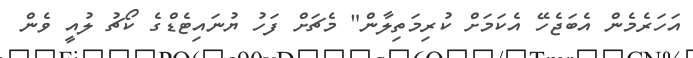
އަހަރެމެން އެބަޖެހޭ އެކަމަށް ކުރިމަތިލާން" މެޗަށް ފަހު ޔުނައިޓެޑްގެ ކޯޗު ލުއީ ވެން